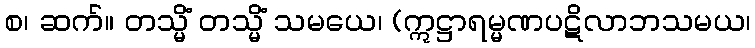
စ၊ ဆက်။ တသ္မိံ တသ္မိံ သမယေ၊ (ဣဋ္ဌာရမ္မဏပဋိလာဘသမယ၊